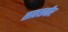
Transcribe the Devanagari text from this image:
साहसवीर